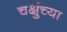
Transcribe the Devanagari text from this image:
चक्षुंच्या